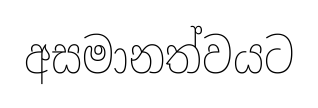
අසමානත්වයට